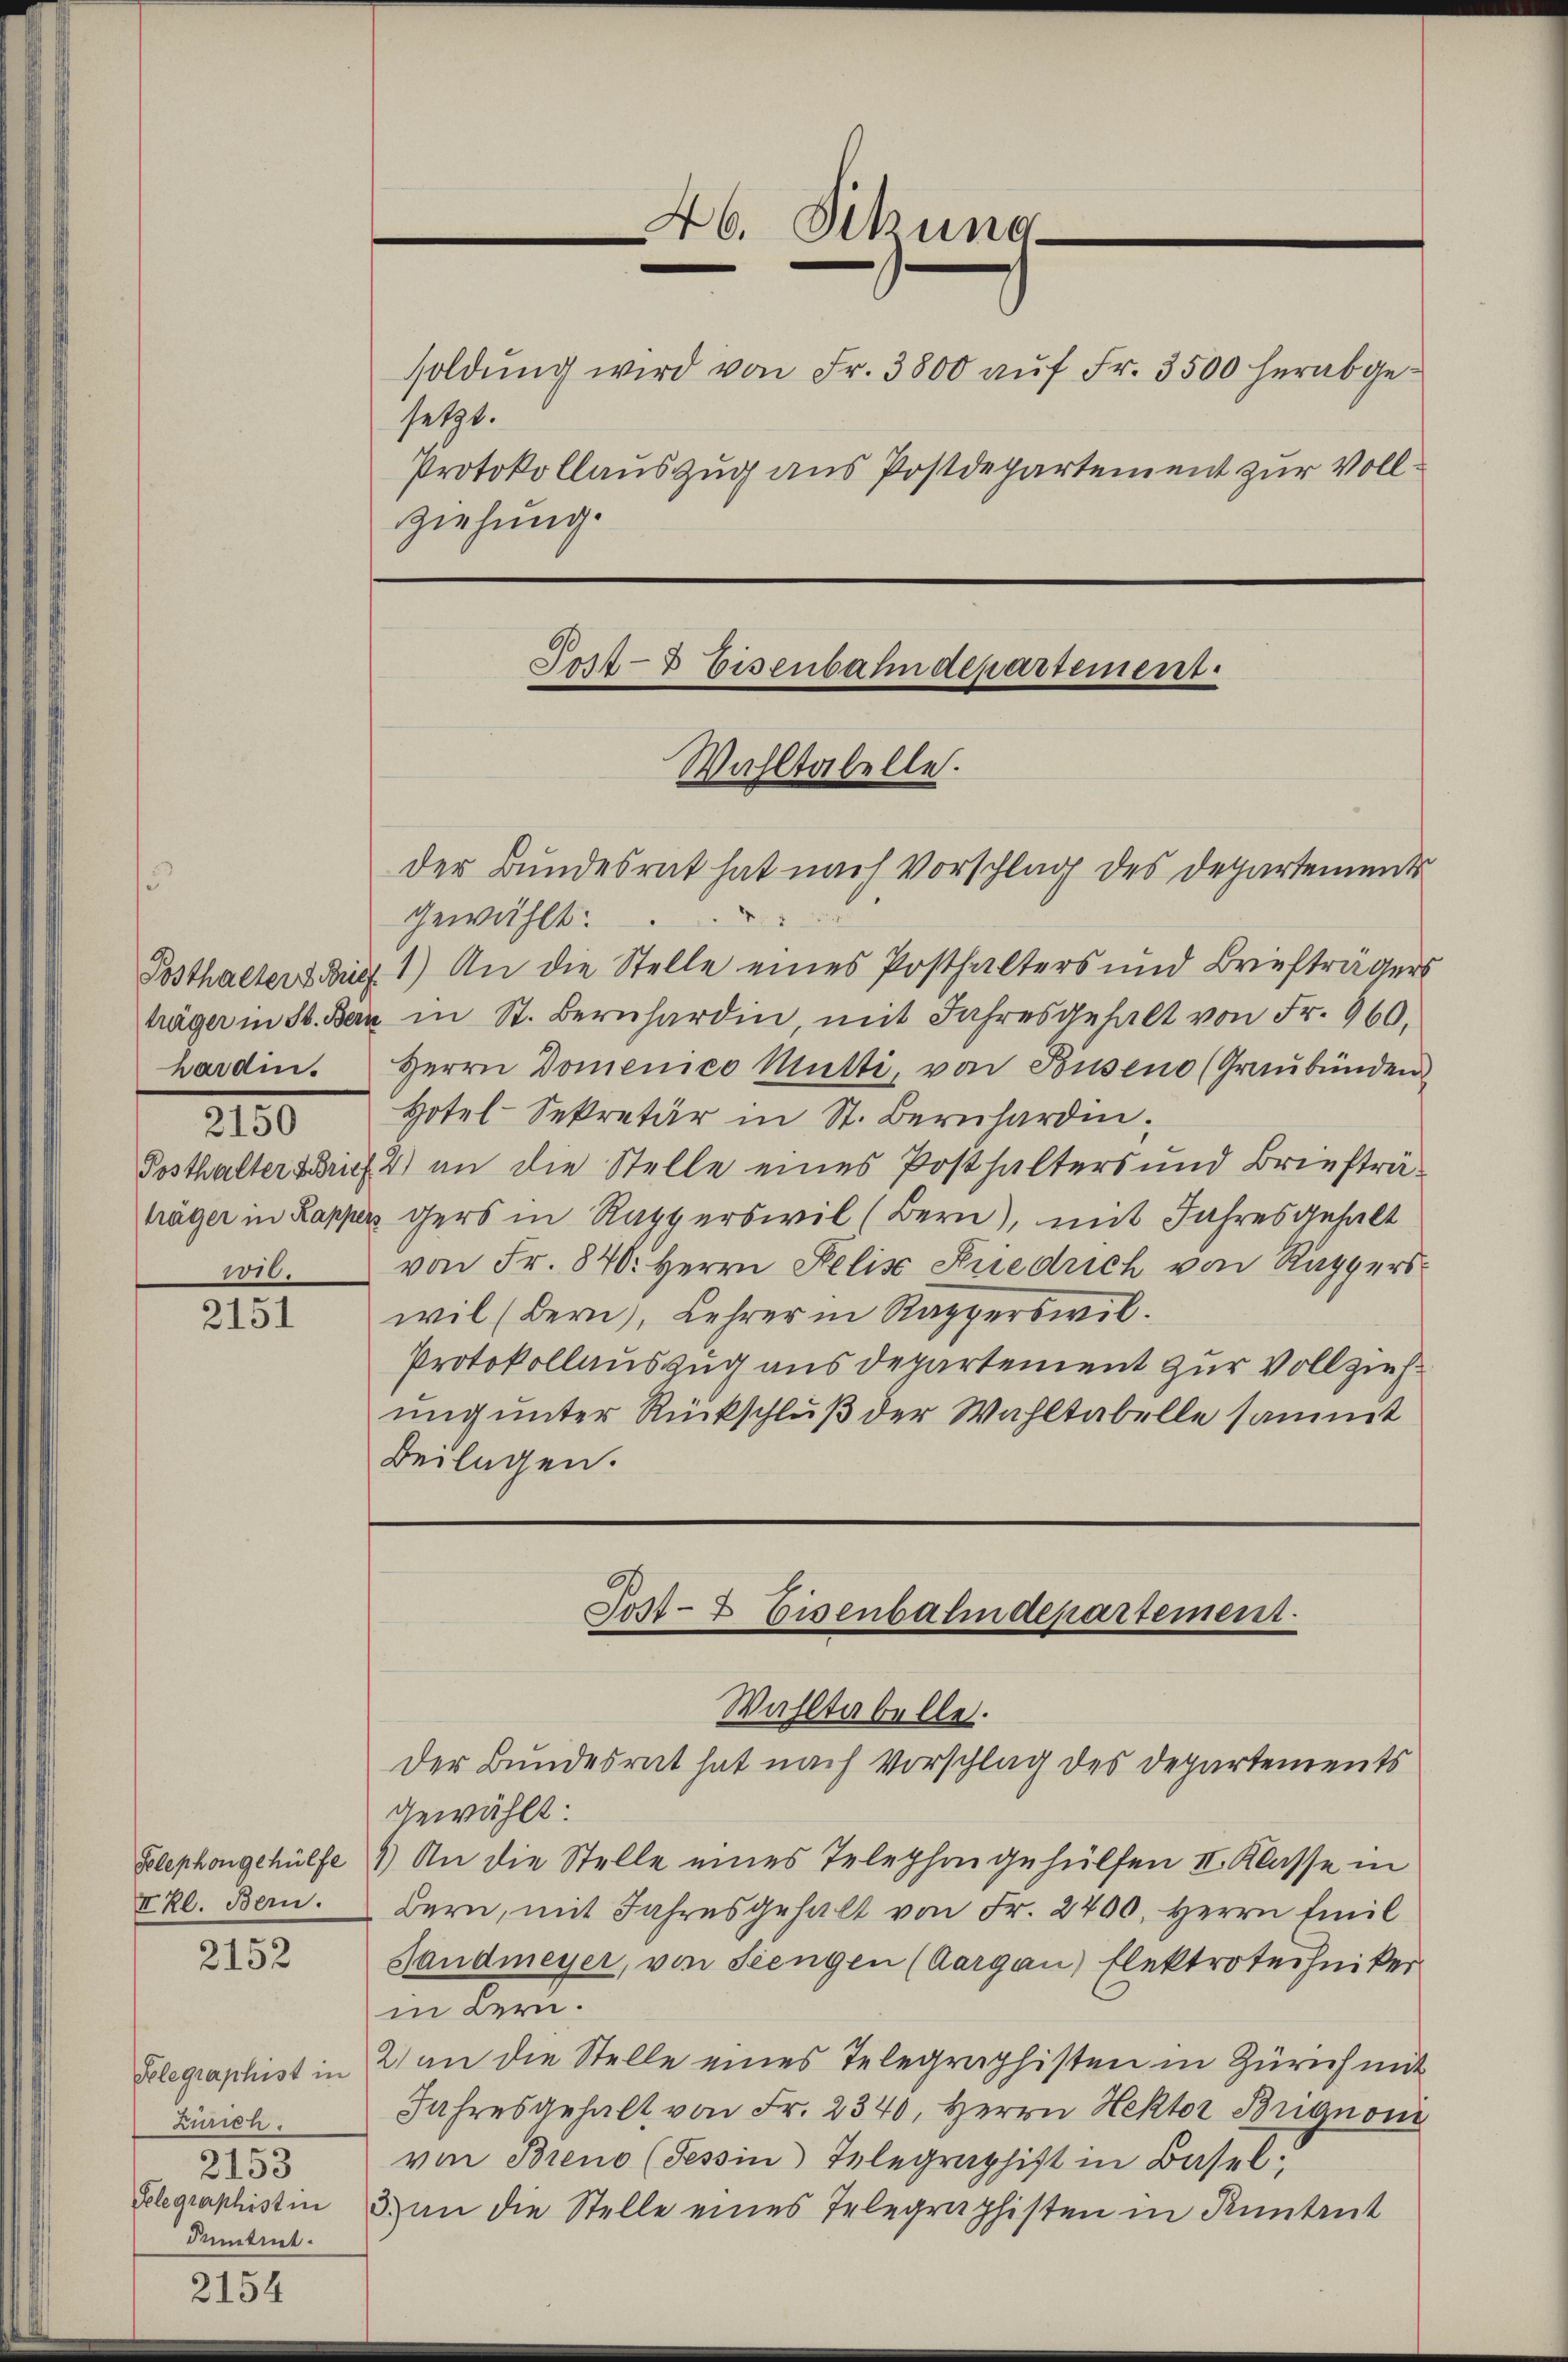
hardin.
210
2010.

2151

I Rl. Bern.

2152

Telegraphist in
Zürich.
2153
Gelegraphistin
Dumtint.

2154

A6. Sitzung
soldŭng wird von Fr. 3800 aŭf Fr. 3500 herabgesetzt.
Protokollauszug aus Postdepartement zur Vollziehung.

Wahltabelle.
der Bundesrat hat nach Vorschlag des Departements

Post- & Eisenbahndepartement.

gewählt:
Posthalters die 1.) An die Stelle eines Posthalters und Briefträgers
träger in St. Bern in St. Bernhardin mit Jahresgehalt von Fr. 960.
Herrn Domenico Mutti, von Busen (Graubünden
Hotel-Sekretär in St. Bernhardin¬
Posthaltersbrief 4) an die Stelle eines Posthalters und Briefträträger in Kapper gers in Rapperswil (Bern), mit Jahresgehalt
von Fr. 840. Herrn Felis Friedrich von Rappers
wil (Bern), Lehrer in Rapperswil.
Protokollauszug aus departement zur Vollzieh
ung unter Rückschluß der Wahltabelle sammt
Beilagen.

Post- & Eisenbahndepartement.
Wahltabelle.

Der Bundesrat hat nach Vorschlag des Departements
Gewählt:
Selephongehülfe 4) An die Stelle eines Telephongehülfen II. Klasse in
Bern, mit Jahresgehalt von Fr. 2400. Herrn Emil
Sandmeyer, von Seengen (Aargau) Flektrotechniker
in Bern.
2) an die Stelle eines Telegraphisten in Zürich mit
Jahresgehalt von Fr. 2340, Herrn Hektor Brignon
von Breno (Tessin Telegraphist in Basel.
& an die Stelle eines Telegraphisten in Küntent